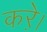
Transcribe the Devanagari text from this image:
करे़।